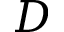
D